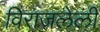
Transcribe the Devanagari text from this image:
विराजलेली